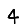
Digit: 4